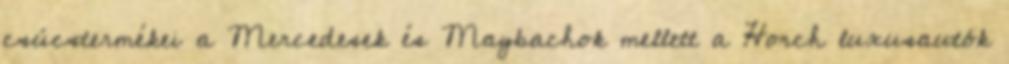
csúcstermékei a Mercedesek és Maybachok mellett a Horch luxusautók